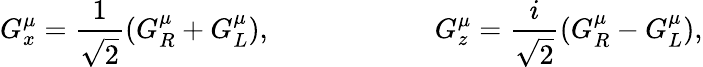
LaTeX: G_{x}^{\mu}=\frac{1}{\sqrt{2}}(G_{R}^{\mu}+G_{L}^{\mu}),\ ~~~~~~\ ~~~~~~~\ ~~~~~~~G_{z}^{\mu}=\frac{i}{\sqrt{2}}(G_{R}^{\mu}-G_{L}^{\mu}),